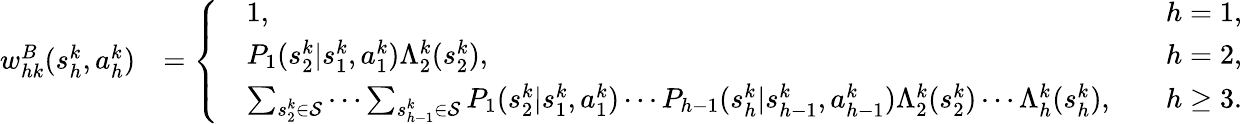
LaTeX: \begin{array}{rl}{w_{hk}^{B}(s_{h}^{k},a_{h}^{k})}&{=\left\{ \begin{array}{rlr}&{1,\quad}&{h=1,}\\ &{P_{1}(s_{2}^{k}\vert s_{1}^{k},a_{1}^{k})\Lambda_{2}^{k}(s_{2}^{k}),\quad}&{h=2,}\\ &{\sum_{s_{2}^{k}\in\mathcal{S}}\cdots\sum_{s_{h-1}^{k}\in\mathcal{S}}P_{1}(s_{2}^{k}\vert s_{1}^{k},a_{1}^{k})\cdots P_{h-1}(s_{h}^{k}\vert s_{h-1}^{k},a_{h-1}^{k})\Lambda_{2}^{k}(s_{2}^{k})\cdots\Lambda_{h}^{k}(s_{h}^{k}),\quad}&{h\geq 3.}\end{array}\right.}\end{array}